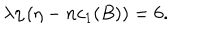
\lambda \eta \left( \eta - n c _ { 1 } ( B ) \right) = 6 .